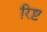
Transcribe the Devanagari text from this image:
रिष्ट